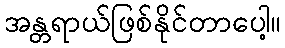
အန္တရာယ်ဖြစ်နိုင်တာပေါ့။